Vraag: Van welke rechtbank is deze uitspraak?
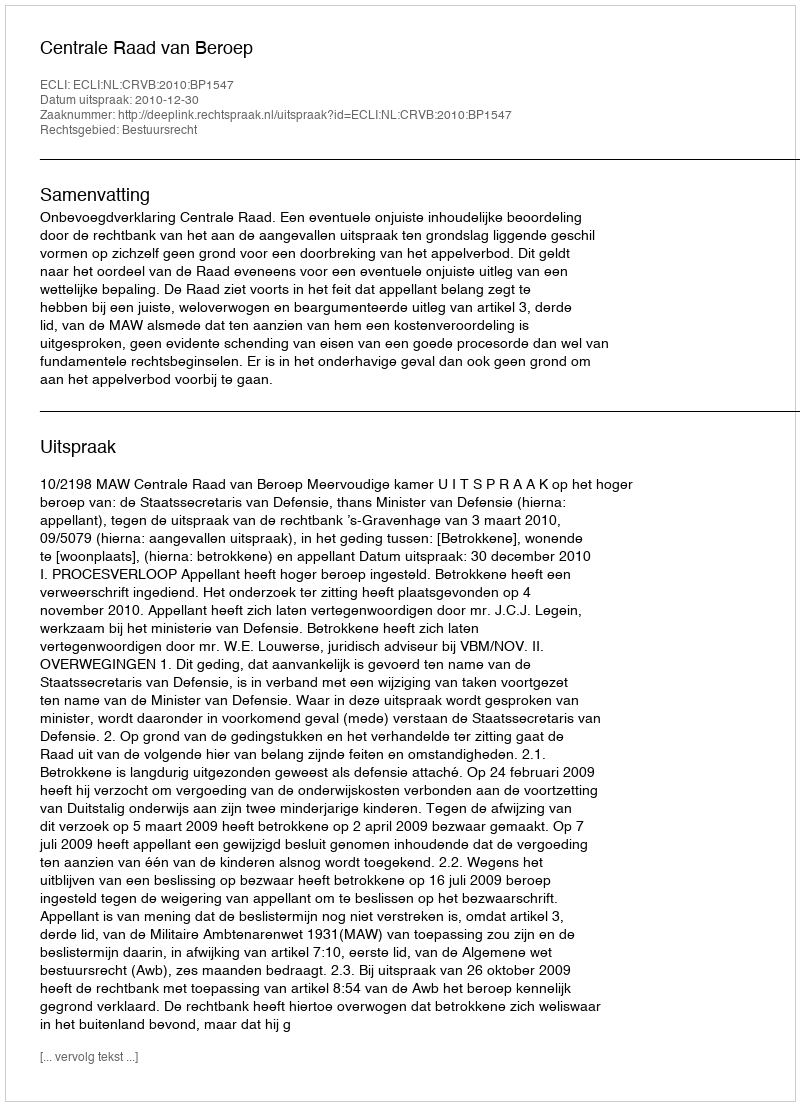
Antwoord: Centrale Raad van Beroep